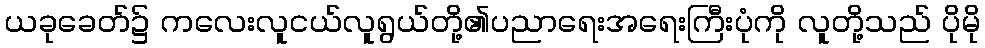
ယခုခေတ်၌ ကလေးလူငယ်လူရွယ်တို့၏ပညာရေးအရေးကြီးပုံကို လူတို့သည် ပိုမို